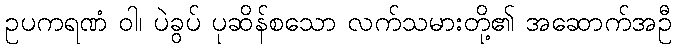
ဥပကရဏံ ဝါ၊ ပဲခွပ် ပုဆိန်စသော လက်သမားတို့၏ အဆောက်အဦ